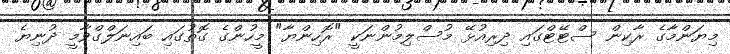
މިޔަންމާގެ ރާކިން ސްޓޭޓްގައި ދިރިއުޅޭ މުސްލިމުންނަކީ "ރޮހިންޔާ" މީހުންގެ ގޮތުގައި ބައިނަލްގްވާމީ ދުނިޔެ